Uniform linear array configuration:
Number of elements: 24
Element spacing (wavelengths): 1
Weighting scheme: hann
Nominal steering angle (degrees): -15
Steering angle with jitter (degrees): -13.83
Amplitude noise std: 0.05
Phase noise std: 0.05

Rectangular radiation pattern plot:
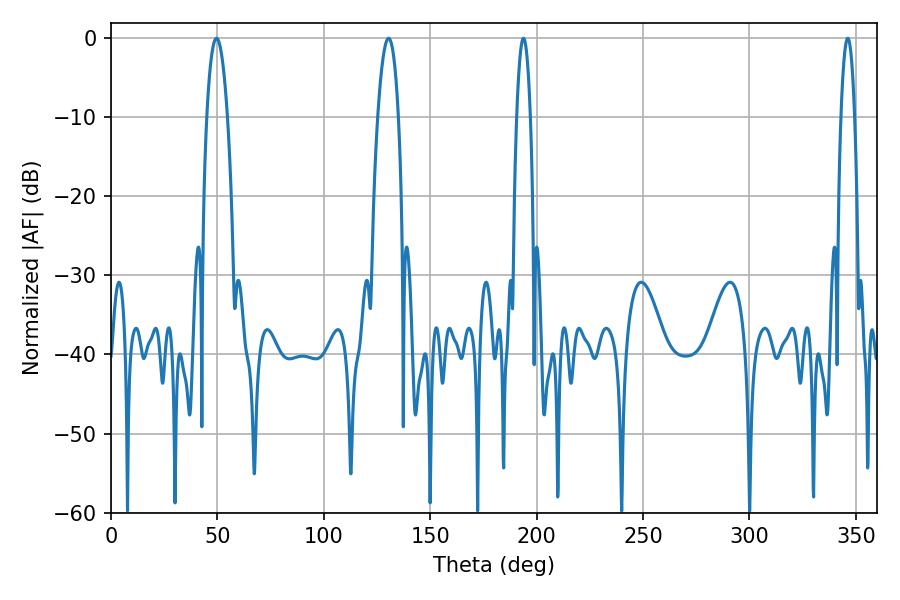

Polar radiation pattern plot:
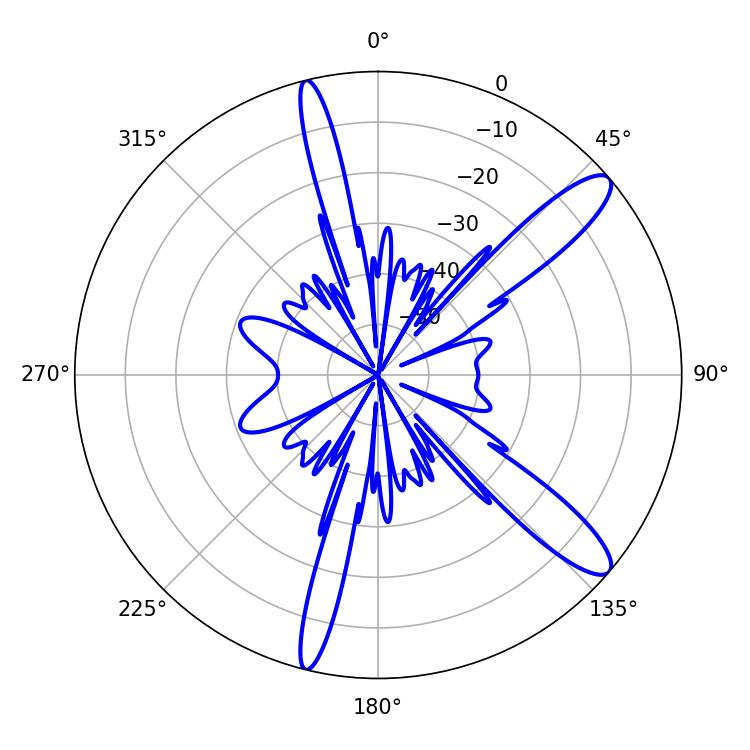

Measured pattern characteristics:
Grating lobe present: TRUE
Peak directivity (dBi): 12.145
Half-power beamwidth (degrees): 3.6
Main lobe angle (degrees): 193.86